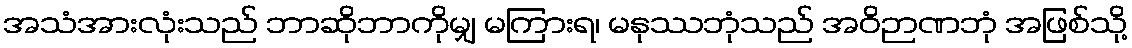
အသံအားလုံးသည် ဘာဆိုဘာကိုမျှ မကြားရ၊ မနုဿဘုံသည် အဝိဉာဏဘုံ အဖြစ်သို့